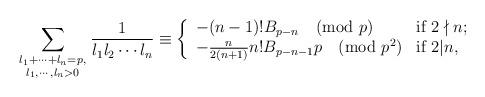
LaTeX: \begin{align*}\sum\limits_{\begin{smallmatrix} {{l}_{1}}+\cdots +{{l}_{n}}=p, \\ {{l}_{1}},\cdots ,{{l}_{n}}>0\end{smallmatrix}}{\frac{1}{{{l}_{1}}{{l}_{2}}\cdots {{l}_{n}}}}\equiv \left\{ \begin{array}{ll} -(n-1)!{{B}_{p-n}} \pmod{p} & \textrm{if $2 \nmid n$;} \\ -\frac{n}{2(n+1)}n!{{B}_{p-n-1}}p \pmod{{{p}^{2}}} & \textrm{if $2 | n$,}\end{array} \right.\end{align*}